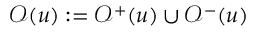
\mathcal { O } ( u ) : = \mathcal { O } ^ { + } ( u ) \cup \mathcal { O } ^ { - } ( u )